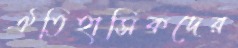
ঐতিহাসিকদের